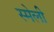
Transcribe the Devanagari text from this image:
स्मेली